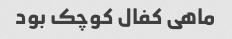
ماهی کفال کوچک بود